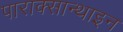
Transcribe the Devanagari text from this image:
पाराक्सान्थाइन